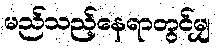
မည်သည့်နေရာတွင်မျှ